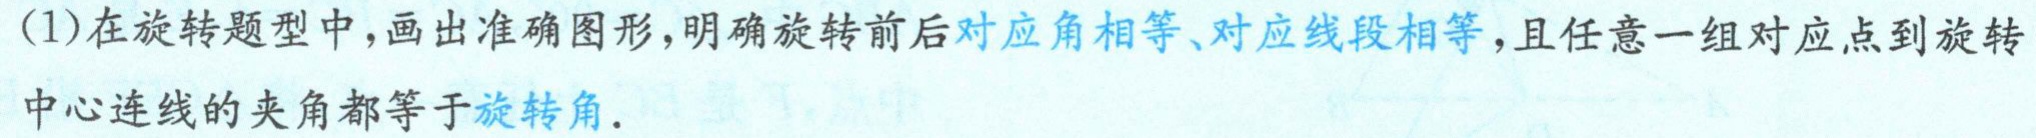
(1)在旋转题型中，画出准确图形，明确旋转前后对应角相等、对应线段相等，且任意一组对应点到旋转中心连线的夹角都等于旋转角.